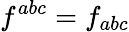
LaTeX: f^{abc}=f_{abc}